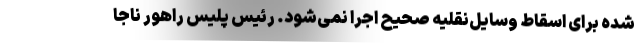
شده برای اسقاط وسایل‌نقلیه صحیح اجرا نمی‌شود. رئیس پلیس راهور ناجا